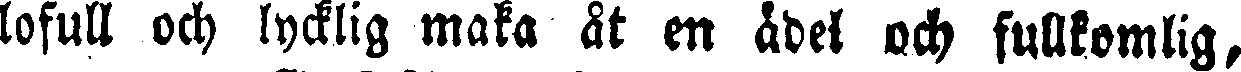
lofull och lycklig maka åt en ädel och fullkomlig,